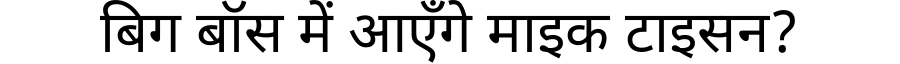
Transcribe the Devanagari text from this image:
बिग बॉस में आएँगे माइक टाइसन?